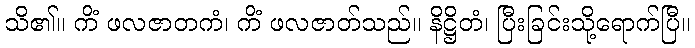
သိ၏။ ကိံ ဖလဇာတကံ၊ ကိံ ဖလဇာတ်သည်။ နိဋ္ဌိတံ၊ ပြီးခြင်းသို့ရောက်ပြီ။